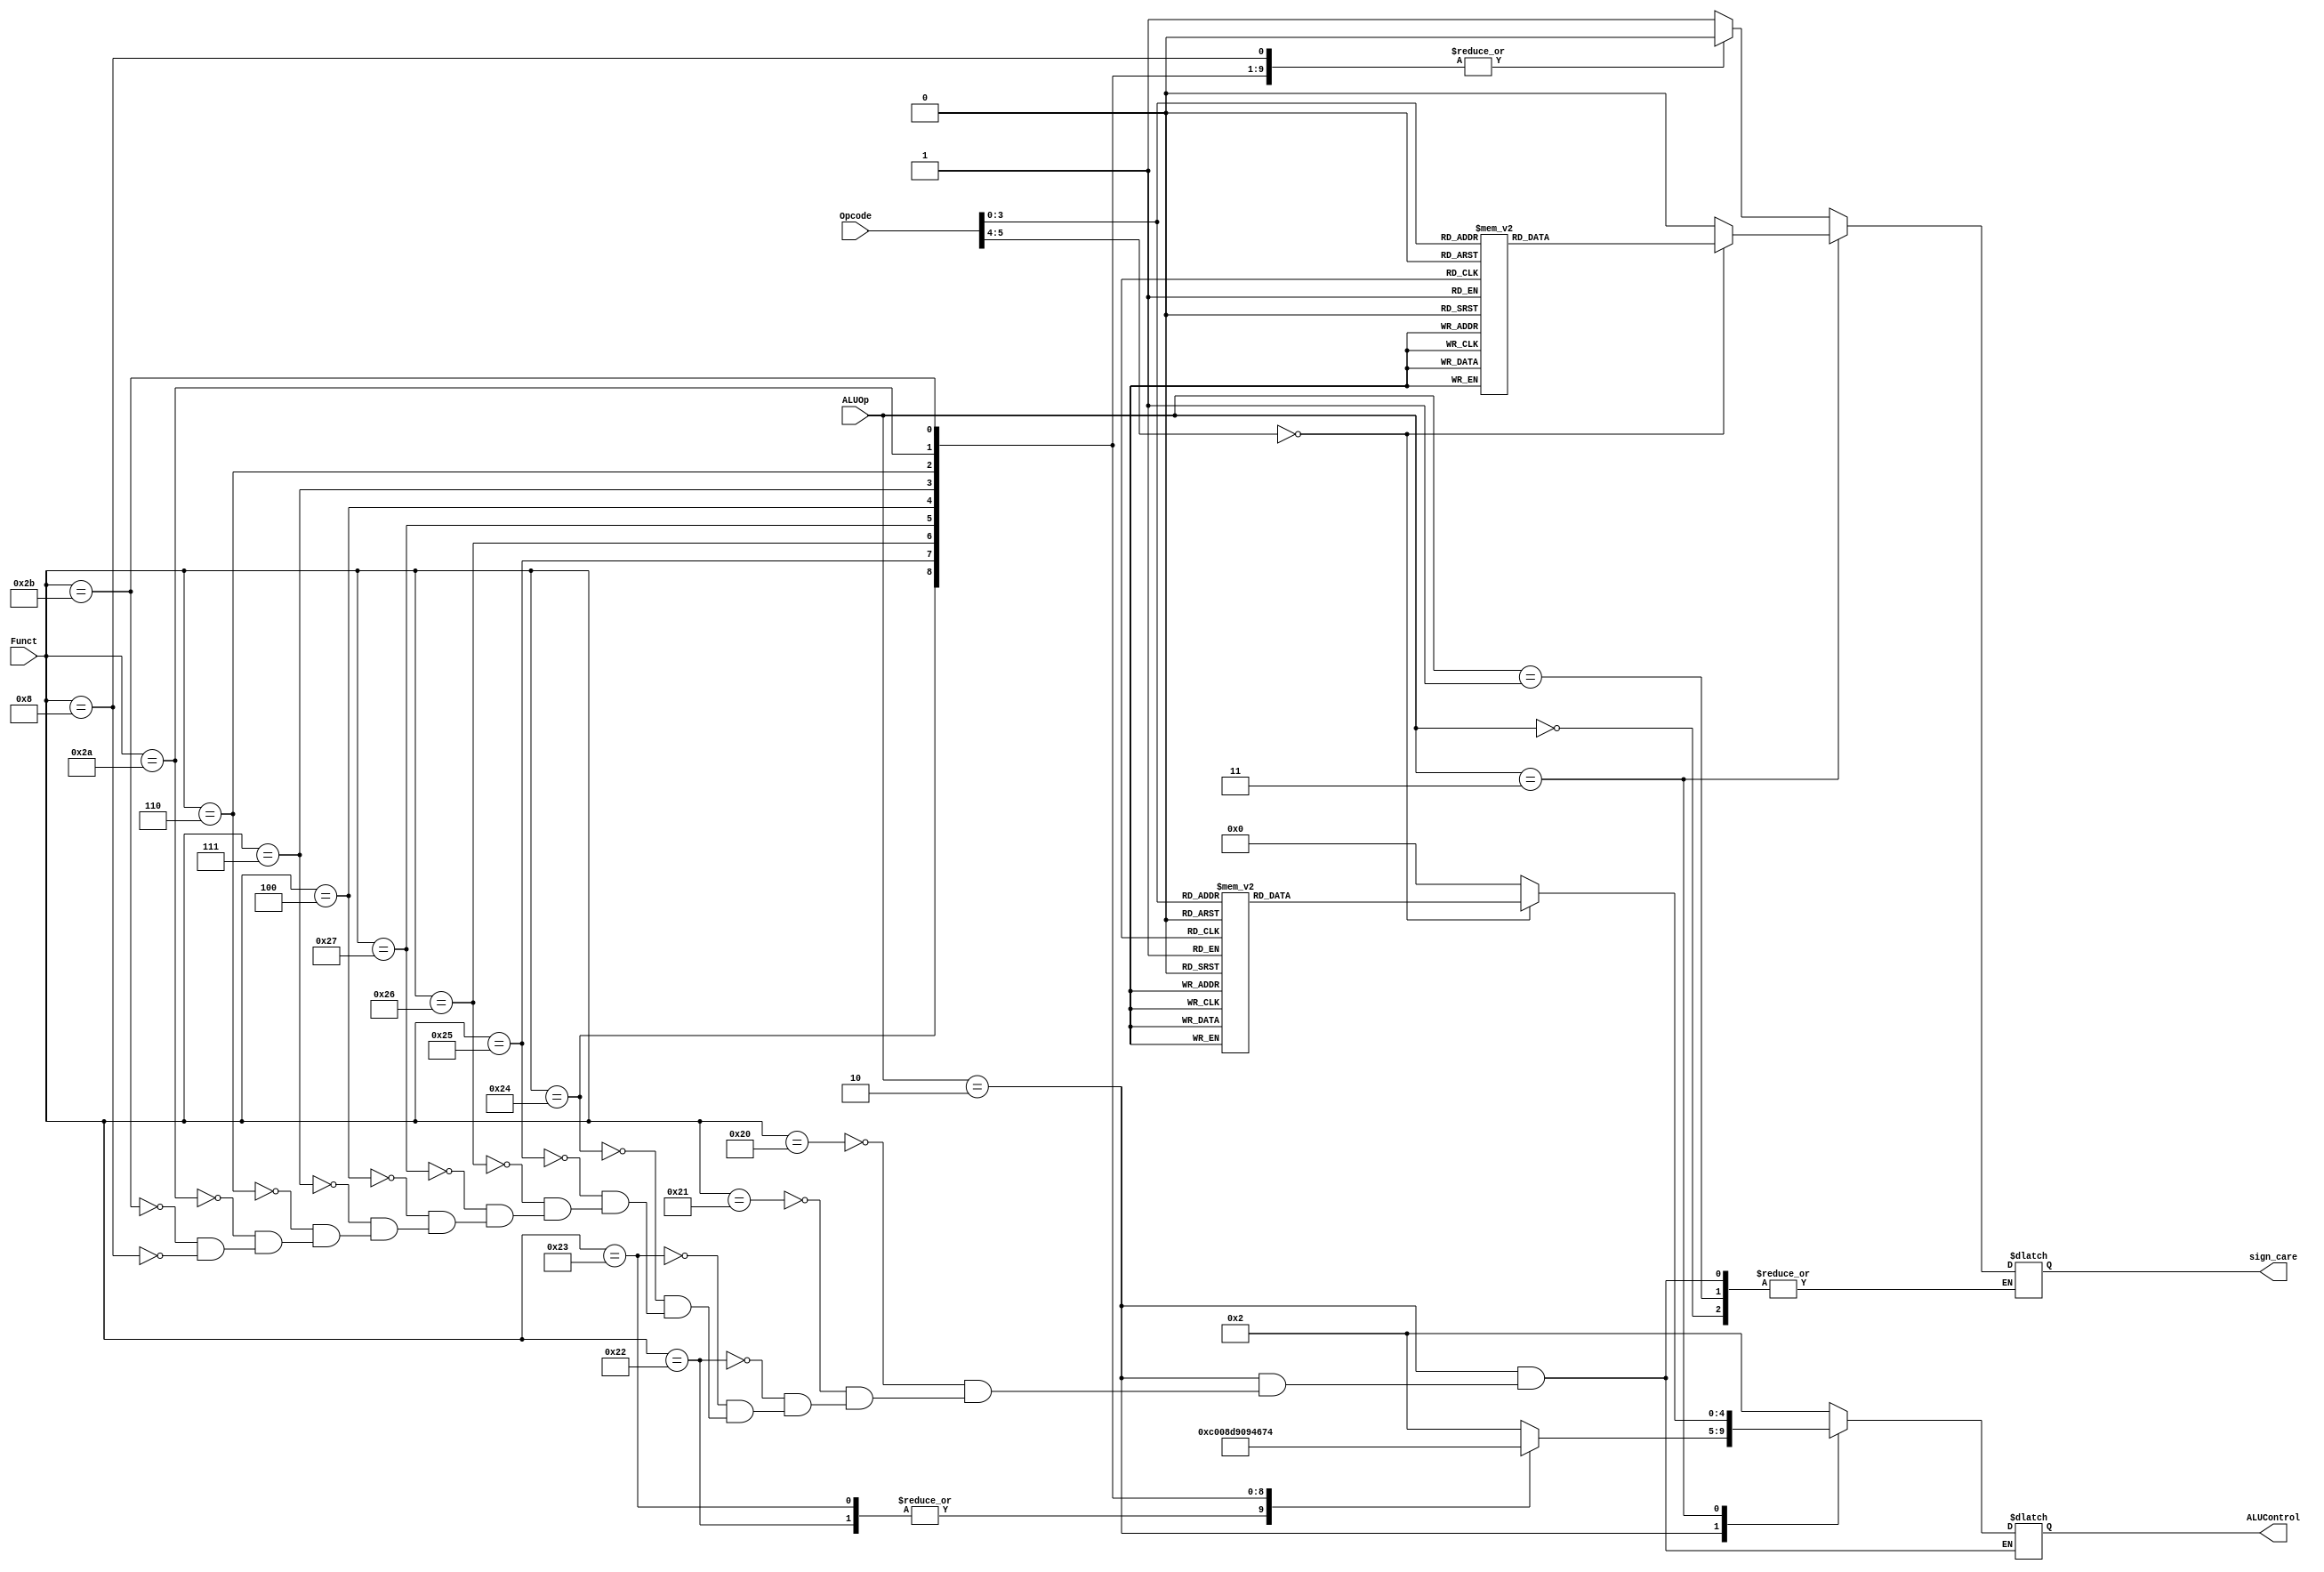
`timescale 1ns / 1ps
//////////////////////////////////////////////////////////////////////////////////
// Company: 
// Engineer: 
// 
// Design Name: 
// Module Name:    alu_control 
// Project Name: 
// Target Devices: 
// Tool versions: 
// Description: 
//
// Dependencies: 
//
// Revision: 
// Revision 0.01 - File Created
// Additional Comments: 
//
//////////////////////////////////////////////////////////////////////////////////
module alu_control(
    input [1:0]ALUOp,
    input [5:0]Funct,
    input [5:0]Opcode,
    output reg[4:0]ALUControl,
    output reg sign_care
    );
    always@(ALUOp or Funct or Opcode)
    begin
        case(ALUOp)
            2'b00:;//LW
            2'b01:;//SW
            2'b10://R-Type
                begin
                    case(Funct)
                        6'h20:sign_care=1;
                        6'h21:sign_care=0;
                        6'h22:sign_care=1;
                        6'h23:sign_care=0;
                        6'h24:sign_care=0;
                        6'h25:sign_care=0;
                        6'h26:sign_care=0;
                        6'h27:sign_care=0;
                        6'h4:sign_care=0;
                        6'h7:sign_care=0;
                        6'h6:sign_care=0;
                        6'h2a:sign_care=0;
                        6'h2b:sign_care=0;
                        6'h8:sign_care=0;
                    endcase   
                end
            2'b11://imm or without alu
                begin
                    case(Opcode)
                        6'h4:sign_care=0;
                        6'h7:sign_care=0;
                        6'h1:sign_care=0;
                        6'h5:sign_care=0;
                        6'h8:sign_care=1;
                        6'h9:sign_care=0;
                        6'hc:sign_care=0;
                        6'hd:sign_care=0;
                        6'he:sign_care=0;
                        6'hf:sign_care=0;
                        default:sign_care=0;
						endcase
                end
        endcase
    end
    always@(ALUOp or Funct or Opcode)
    begin
        case(ALUOp)
            2'b00:ALUControl=5'd2;//LW
            2'b01:ALUControl=5'd2;//SW
            2'b10://R-Type
                begin
                    case(Funct)
                        6'h20:ALUControl=5'd2;
                        6'h21:ALUControl=5'd2;
                        6'h22:ALUControl=5'd6;
                        6'h23:ALUControl=5'd6;
                        6'h24:ALUControl=5'd0;
                        6'h25:ALUControl=5'd1;
                        6'h26:ALUControl=5'd3;
                        6'h27:ALUControl=5'd12;
                        6'h4:ALUControl=5'd16;
                        6'h7:ALUControl=5'd18;
                        6'h6:ALUControl=5'd17;
                        6'h2a:ALUControl=5'd19;
                        6'h2b:ALUControl=5'd20;
                        6'h8:ALUControl=5'd2;
                    endcase   
                end
            2'b11://imm or without alu
                begin
                    case(Opcode)
                        6'h1:ALUControl=5'd6;
                        6'h4:ALUControl=5'd6;
                        6'h5:ALUControl=5'd6;
                        6'h7:ALUControl=5'd6;
                        6'h8:ALUControl=5'd2;
                        6'h9:ALUControl=5'd2;
								6'hb:ALUControl=5'd20;
                        6'hc:ALUControl=5'd0;
                        6'hd:ALUControl=5'd8;
                        6'he:ALUControl=5'd9;
                        6'hf:ALUControl=5'd10;
                        default:ALUControl=5'd0;
						endcase
                end
        endcase
    end
endmodule